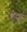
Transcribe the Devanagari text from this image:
कोट्त्रा